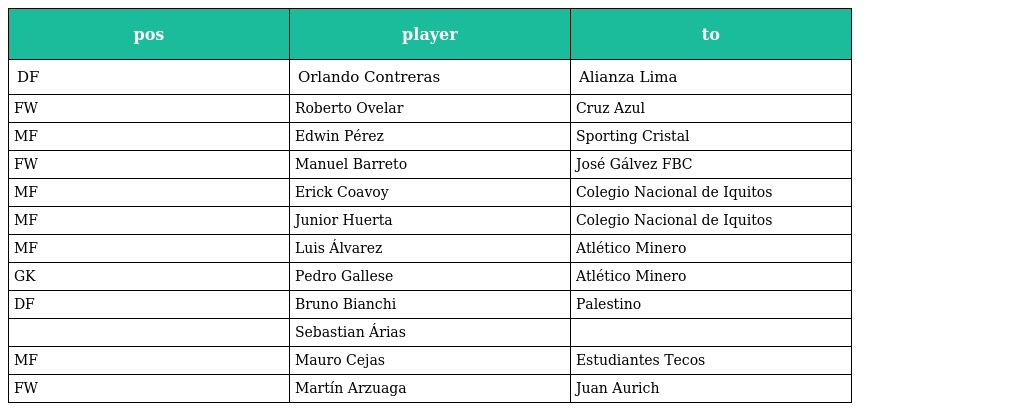
| pos | player | to |
 | --- | --- | --- |
 | DF | Orlando Contreras | Alianza Lima |
 | FW | Roberto Ovelar | Cruz Azul |
 | MF | Edwin Pérez | Sporting Cristal |
 | FW | Manuel Barreto | José Gálvez FBC |
 | MF | Erick Coavoy | Colegio Nacional de Iquitos |
 | MF | Junior Huerta | Colegio Nacional de Iquitos |
 | MF | Luis Álvarez | Atlético Minero |
 | GK | Pedro Gallese | Atlético Minero |
 | DF | Bruno Bianchi | Palestino |
 |  | Sebastian Árias |  |
 | MF | Mauro Cejas | Estudiantes Tecos |
 | FW | Martín Arzuaga | Juan Aurich |